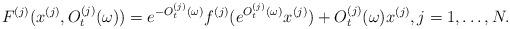
LaTeX: \begin{align*}F^{(j)}(x^{(j)},O_t^{(j)}(\omega ))=e^{-O_t^{(j)}(\omega)}f^{(j)}(e^{O_t^{(j)}(\omega )}x^{(j)})+O_t^{(j)}(\omega)x^{(j)},j=1,\dots ,N.\end{align*}